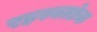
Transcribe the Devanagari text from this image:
रहस्यलोक